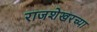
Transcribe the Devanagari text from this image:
राजशेखरच्या